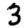
Digit: 3